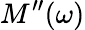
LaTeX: M^{\prime\prime}(\omega)